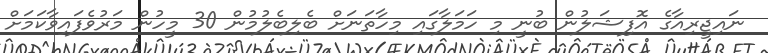
ނައިޖީރިއާގެ އޮފިޝަލުން ބުނީ މި ހަމަލާގައި މިހާތަނަށް ބެލިބެލުމުން 30 މީހުން މަރުވެފައިވާކަމަށް